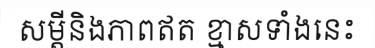
សម្តីនិងភាពឥត ខ្មាសទាំងនេះ